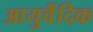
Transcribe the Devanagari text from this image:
आयुर्वॆदिक